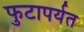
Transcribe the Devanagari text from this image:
फुटापर्यत